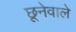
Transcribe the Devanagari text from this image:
छूनेवाले